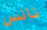
نانس